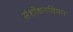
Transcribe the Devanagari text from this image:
संशोधनविषय